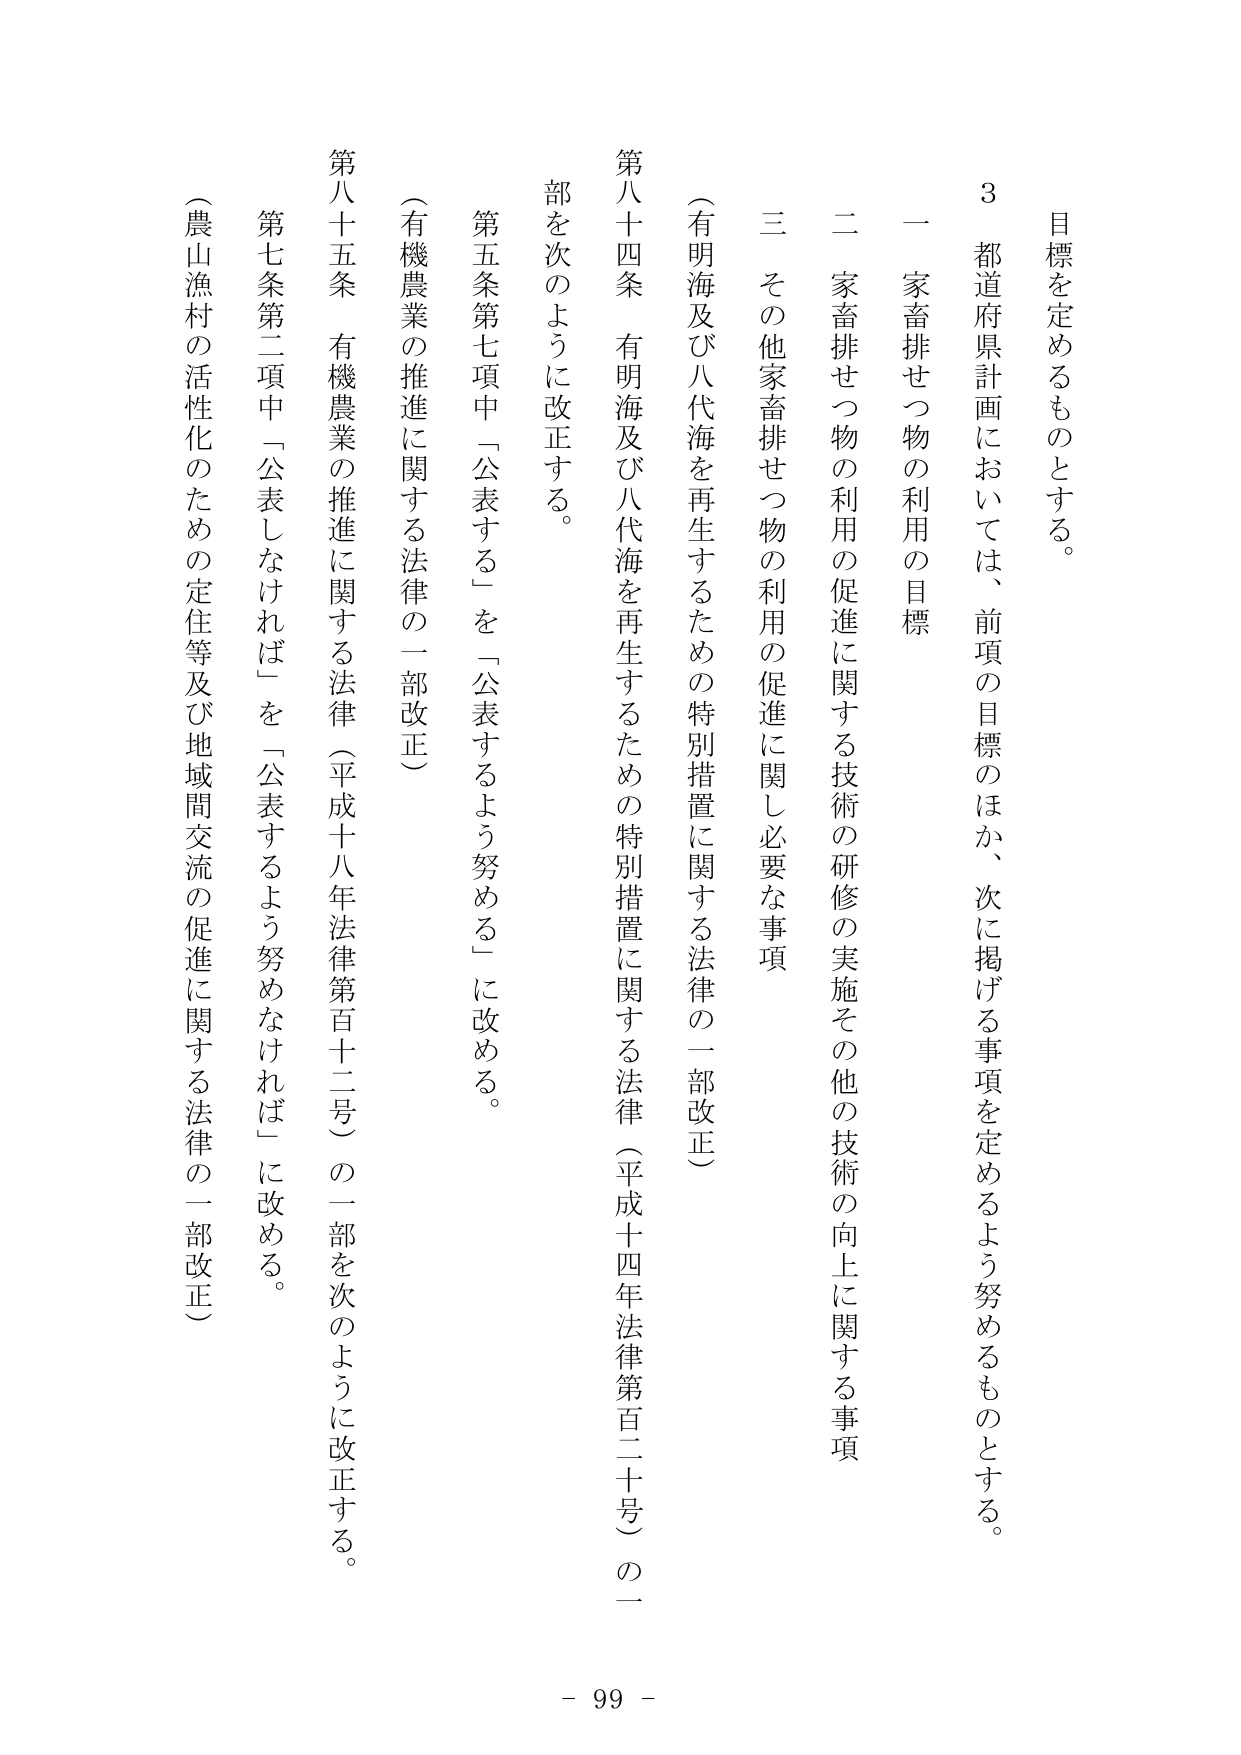
目標を定めるものとする。

3 都道府県計画においては、前項の目標のほか、次に掲げる事項を定めるよう努めるものとする。

一 家畜排せつ物の利用の目標

二 家畜排せつ物の利用の促進に関する技術の研修の実施その他の技術の向上に関する事項

三 その他家畜排せつ物の利用の促進に関し必要な事項

（有明海及び八代海を再生するための特別措置に関する法律の一部改正）

第八十四条 有明海及び八代海を再生するための特別措置に関する法律（平成十四年法律第百二十号）の一部を次のように改正する。

第五条第七項中「公表する」を「公表するよう努める」に改める。

（有機農業の推進に関する法律の一部改正）

第八十五条 有機農業の推進に関する法律（平成十八年法律第百十二号）の一部を次のように改正する。

第七条第二項中「公表しなければ」を「公表するよう努めなければ」に改める。

（農山漁村の活性化のための定住等及び地域間交流の促進に関する法律の一部改正）

- 99 -